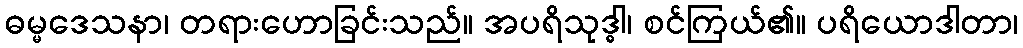
ဓမ္မဒေသနာ၊ တရားဟောခြင်းသည်။ အပရိသုဒ္ဓါ၊ စင်ကြယ်၏။ ပရိယောဒါတာ၊